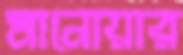
মানোয়ার